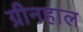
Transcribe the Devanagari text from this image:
ग्रीनहाल